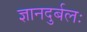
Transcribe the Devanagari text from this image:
ज्ञानदुर्बलः